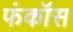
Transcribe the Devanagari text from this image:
फंकॉस